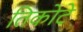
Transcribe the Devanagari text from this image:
तिकोटे